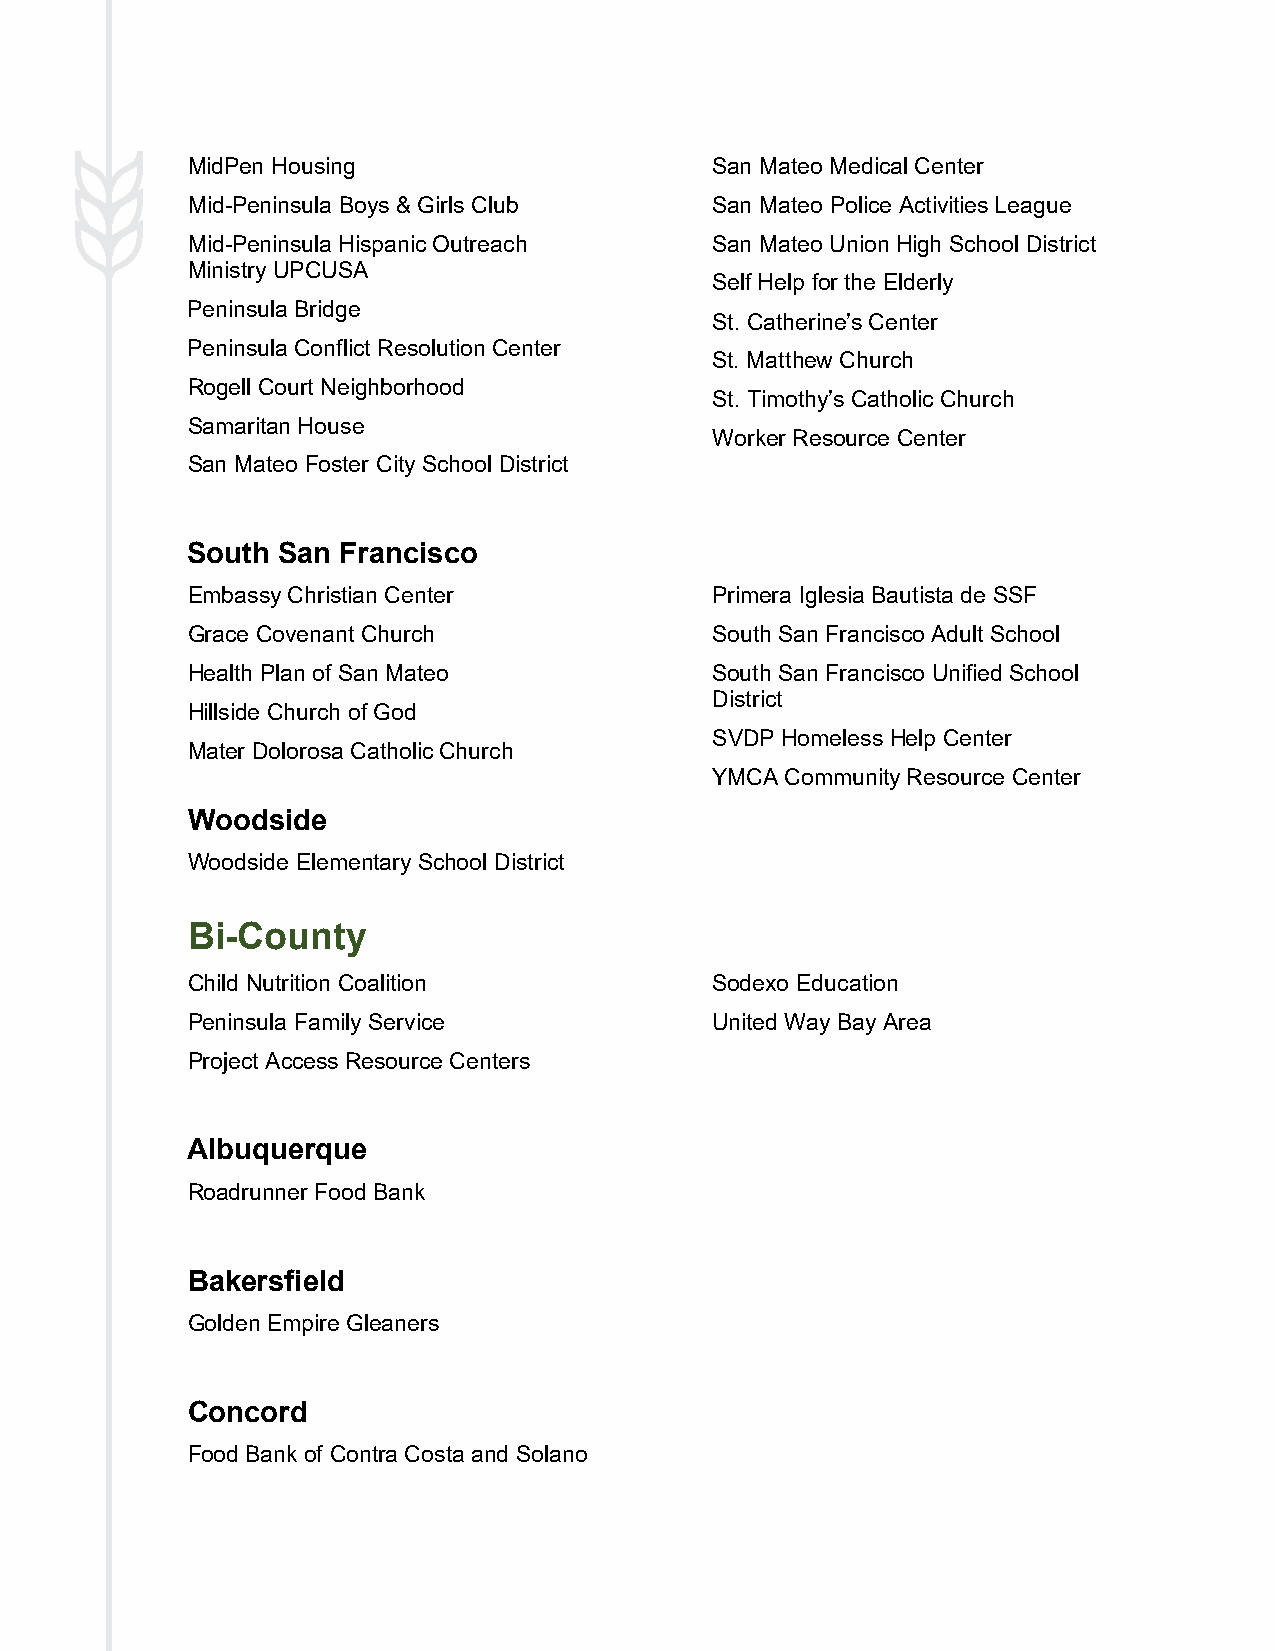
MidPen Housing                     San Mateo Medical Center
 Mid-Peninsula Boys & Girls Club    San Mateo Police Activities League
 Mid-Peninsula Hispanic Outreach    San Mateo Union High School District
 Ministry UPCUSA
 Self Help for the Elderly
 Peninsula Bridge
 St. Catherine’s Center
 Peninsula Conflict Resolution Center
 St. Matthew Church
 Rogell Court Neighborhood
 St. Timothy’s Catholic Church
 Samaritan House
 Worker Resource Center
 San Mateo Foster City School District
 South San  Francisco
 Embassy Christian Center           Primera Iglesia Bautista de SSF
 Grace Covenant Church              South San Francisco Adult School
 Health Plan of San Mateo           South San Francisco Unified School
 District
 Hillside Church of God
 SVDP Homeless Help Center
 Mater Dolorosa Catholic Church
 YMCA Community Resource Center
 Woodside
 Woodside Elementary School District
 Bi-County
 Child Nutrition Coalition          Sodexo Education
 Peninsula Family Service           United Way Bay Area
 Project Access Resource Centers
 Albuquerque
 Roadrunner Food Bank
 Bakersfield
 Golden Empire Gleaners
 Concord
 Food Bank of Contra Costa and Solano